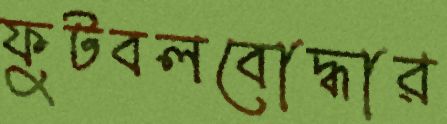
ফুটবলবোদ্ধার